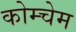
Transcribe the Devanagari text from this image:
कोम्चेम